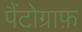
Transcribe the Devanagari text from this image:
पैंटोग्राफ़